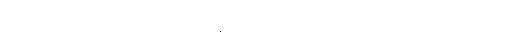
ဒေသေ၊ အရပ်၌။ (မစင်တွေ ပြည့်နေသော အရပ်၌။) ဧကော၊ တစ်ခုသော။ မဏ္ဍပေါ၊